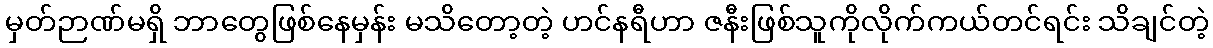
မှတ်ဉာဏ်မရှိ ဘာတွေဖြစ်နေမှန်း မသိတော့တဲ့ ဟင်နရီဟာ ဇနီးဖြစ်သူကိုလိုက်ကယ်တင်ရင်း သိချင်တဲ့